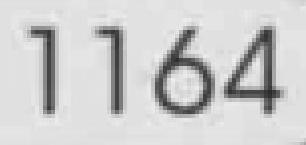
1164